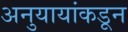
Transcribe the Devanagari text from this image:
अनुयायांकडून